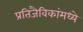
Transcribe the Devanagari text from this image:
प्रतिजैविकांमध्ये